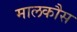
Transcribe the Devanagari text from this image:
मालकौस